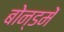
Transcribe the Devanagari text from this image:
बोन्डमें